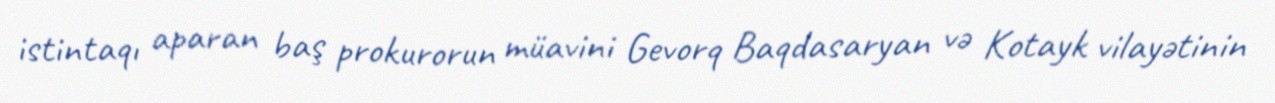
istintaqı aparan baş prokurorun müavini Gevorq Baqdasaryan və Kotayk vilayətinin